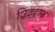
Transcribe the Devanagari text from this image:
विद्द्वान